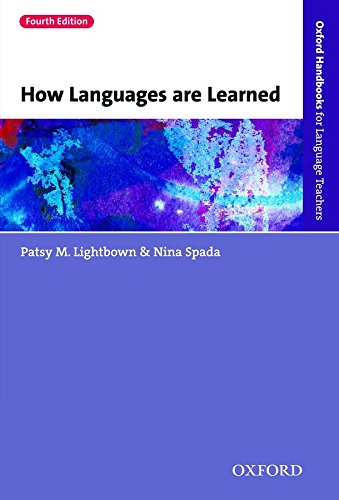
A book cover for How Languages are Learned 4e (Oxford Handbooks for Language Teachers); Patsy Lightbown; Politics & Social Sciences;